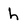
Character: h